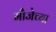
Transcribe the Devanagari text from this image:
मौजेच्या